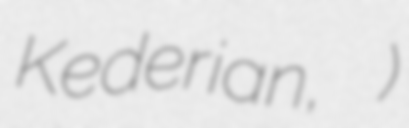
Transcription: Kederian, Սարգիս Քէտէրեան)